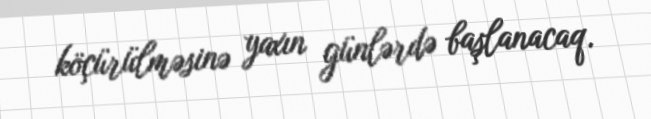
köçürülməsinə yaxın günlərdə başlanacaq.